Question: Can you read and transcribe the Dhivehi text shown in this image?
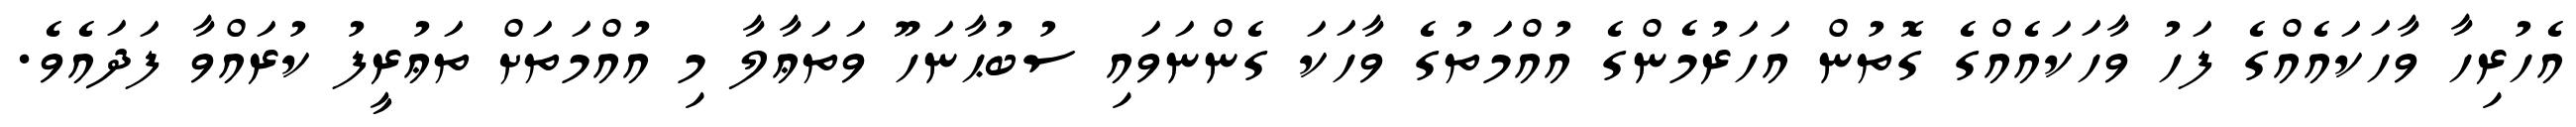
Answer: އެހުރިހާ ވާހަކައެއްގެ ފަހު ވާހަކައެއްގެ ގޮތުން އަހަރުމެންގެ އުއްމަތުގެ ވާހަކަ ގެންނަވައި ސުބުޙާނަހޫ ވަތަޢާލާ މި އުއްމަތަށް ތަޢުރީފު ކުރައްވާ ފަދައެވެ.